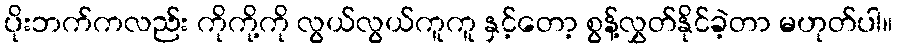
ပိုးဘက်ကလည်း ကိုကို့ကို လွယ်လွယ်ကူကူ နှင့်တော့ စွန့်လွှတ်နိုင်ခဲ့တာ မဟုတ်ပါ။